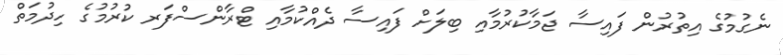
ނެގުމުގެ އިތުރުން ފައިސާ ޖަމާކުރުމާއި ބިލަށް ފައިސާ ދެއްކުމާއި ޓްރާންސްފަރ ކުރުމުގެ ހިދުމަތް